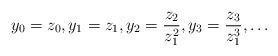
LaTeX: \begin{align*} y_0 =z_0,y_1=z_1,y_2=\frac{z_2}{z_1^2}, y_3=\frac{z_3}{z_1^3},\dots \end{align*}